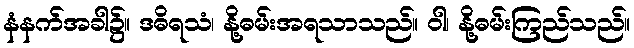
နံနက်အခါ၌။ ဒဓိရသံ၊ နို့ဓမ်းအရသာသည်။ ဝါ၊ နို့ဓမ်းကြည်သည်။